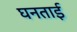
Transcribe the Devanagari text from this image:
घनताई